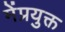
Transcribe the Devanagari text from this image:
मेंप्रयुक्त